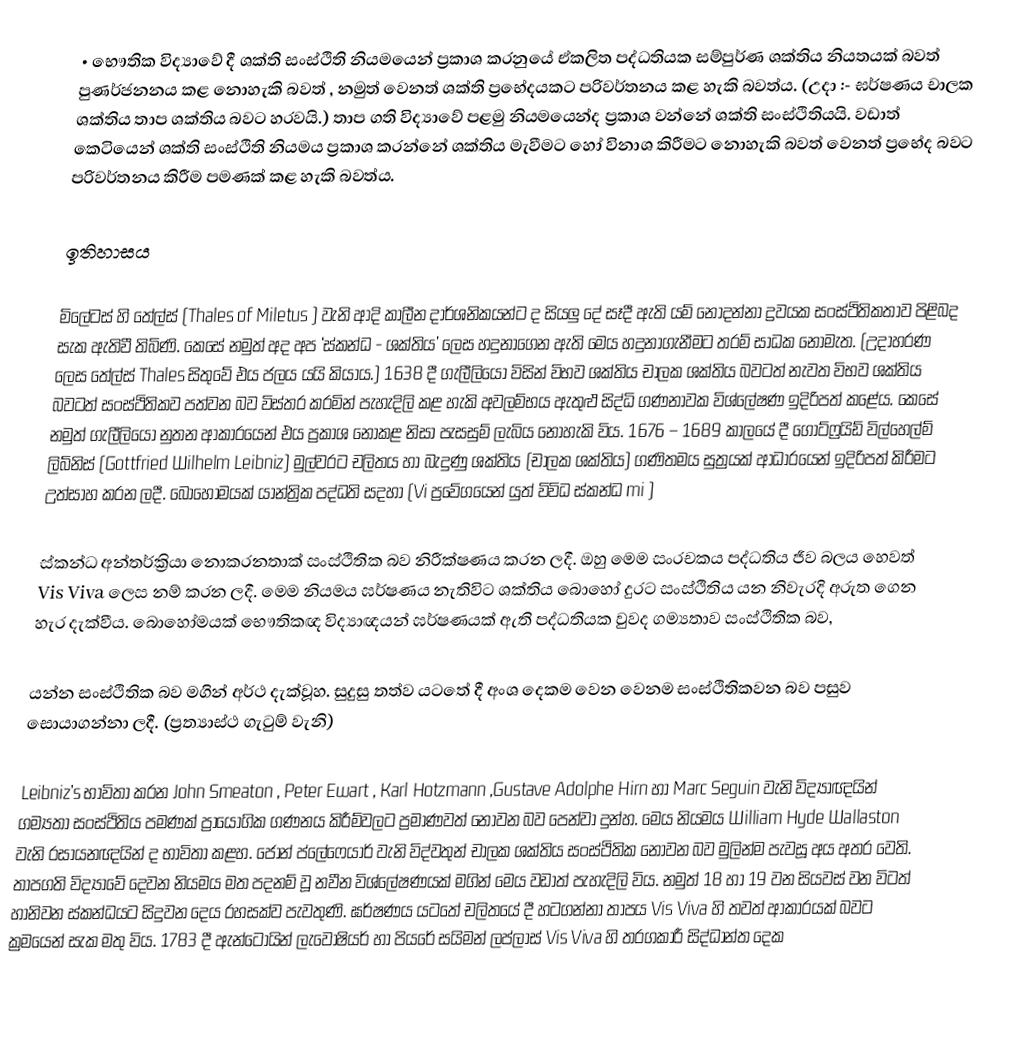
•	භෞතික විද්‍යාවේ දී ශක්ති සංස්ථිති නියමයෙන් ප්‍රකාශ කරනුයේ ඒකලිත පද්ධතියක සම්පුර්ණ ශක්තිය නියතයක් බවත්    පුණර්ජනනය කළ නොහැකි බවත් ,  නමුත් වෙනත් ශක්ති ප්‍රභේදයකට පරිවර්තනය කළ හැකි බවත්ය. (උදා :- ඝර්ෂණය චාලක ශක්තිය තාප ශක්තිය බවට හරවයි.) තාප ගති විද්‍යාවේ පළමු නියමයෙන්ද ප්‍රකාශ වන්නේ ශක්ති සංස්ථිතියයි. වඩාත් කෙටියෙන් ශක්ති සංස්ථිති නියමය ප්‍රකා‍ශ කරන්නේ ශක්තිය මැවීමට හෝ විනාශ කිරීමට නොහැකි බවත් වෙනත් ප්‍රභේද බවට පරිවර්තනය කිරීම පමණක් කළ හැකි බවත්ය.

ඉතිහාසය

මිලේටස් හි තේල්ස් (Thales of Miletus ) වැනි ආදි කාලීන දාර්ශනිකයන්ට ද සියලු දේ සෑදී ඇති යම් නොදන්නා ද්‍රවයක සංස්ථිතිකතාව පිළිබද සැක ඇතිවී තිබිණි. කෙසේ නමුත් අද අප ‘ස්කන්ධ - ශක්තිය’ ලෙස හදුනාගෙන ඇති මෙය හදුනාගැනීමට තරම් සාධක නොමැත. (උදාහරණ ලෙස තේල්ස් Thales සිතුවේ එය ජලය යයි කියාය.) 1638 දී ගැලීලියෝ විසින් විභව ශක්තිය චාලක ශක්තිය බවටත් නැවත විභව ශක්තිය බවටත් සංස්ථිතිකව පත්වන බව විස්තර කරමින් පැහැදිලි කළ හැකි අවලම්භය ඇතුළු සිද්ධි ගණනාවක විශ්ලේෂණ ඉදිරිපත් කළේය. කෙසේ නමුත් ගැලීලියෝ නුතන ආකාරයෙන් එය ප්‍රකාශ නොකළ නිසා පැසසුම් ලැබිය නොහැකි විය. 1676 – 1689 කාලයේ දී ගොට්ෆ්‍රයිඩ් විල්හෙල්ම් ලිබ්නිස් (Gottfried Wilhelm Leibniz) මුල්වරට චලිතය හා බැදුණු ශක්තිය (චාලක ශක්තිය) ගණිතමය සුත්‍රයක් ආධාරයෙන් ඉදිරිපත් කිරීමට උත්සාහ කරන ලදී. බෙ‍ාහෝමයක් යාන්ත්‍රික පද්ධති සදහා (Vi  ප්‍රවේගයෙන් යුත් විවිධ ස්කන්ධ mi )

ස්කන්ධ අන්තර්ක්‍රියා නොකරනතාක් සංස්ථිතික බව නිරීක්ෂණය කරන ලදී. ඔහු මෙම සංරචකය පද්ධතිය ජීව බලය හෙවත්  Vis Viva ලෙස නම් කරන ලදී. මෙම නියමය ඝර්ෂණය නැතිවිට ශක්තිය බොහෝ දුරට සංස්ථිතිය යන නිවැරදි අරුත ගෙන හැර දැක්වීය. බොහෝමයක් භෞතිකඥ විද්‍යාඥයන්  ඝර්ෂණයක් ඇති පද්ධතියක වුවද ගම්‍යතාව සංස්ථිතික බව,

යන්න සංස්ථිතික බව මගින් අර්ථ දැක්වූහ. සුදුසු තත්ව යටතේ දී  අංශ දෙකම වෙන වෙනම සංස්ථිතිකවන බව පසුව සොයාගන්නා ලදී. (ප්‍රත්‍යාස්ථ ගැටුම් වැනි)

Leibniz’s  භාවිතා කරන John Smeaton , Peter Ewart , Karl Hotzmann ,Gustave Adolphe Hirn හා  Marc Seguin  වැනි විද්‍යාඥයින් ගම්‍යතා සංස්ථිතිය පමණක් ප්‍රායෝගික ගණනය කිරීම්වලට ප්‍රමාණවත් නොවන බව පෙන්වා දුන්හ. මෙය නියමය William Hyde Wallaston   වැනි රසායනඥයින් ද භාවිතා කළහ. ජෝන් ප්ලේෆෙයාර් වැනි විද්වතුන් චාලක ශක්තිය සංස්ථිතික නොවන බව මුලින්ම පැවසූ අය අතර වෙති.  තාපගති විද්‍යාවේ දෙවන නියමය මත පදනම් වූ නවීන විශ්ලේෂණයක් මගින් මෙය වඩාත් පැහැදිලි විය. නමුත් 18 හා 19 වන සියවස් වන විටත් හානිවන ස්කන්ධයට සිදුවන දෙය රහසක්ව පැවතුණි. ඝර්ෂණය යටතේ චලිතයේ දී හටගන්නා තාපය Vis Viva  හි තවත් ආකාරයක් බවට ක්‍රමයෙන් සැක මතු විය.  1783 දී ඇන්ටොයින් ලැවෝෂියර් හා පියරේ සයිමන් ලප්ලාස්  Vis Viva හි තරගකාරී සිද්ධාන්ත දෙක